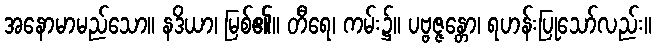
အနောမာမည်သော။ နဒိယာ၊ မြစ်၏။ တီရေ၊ ကမ်း၌။ ပဗ္ဗဇ္ဇန္တော၊ ရဟန်းပြုသော်လည်း။